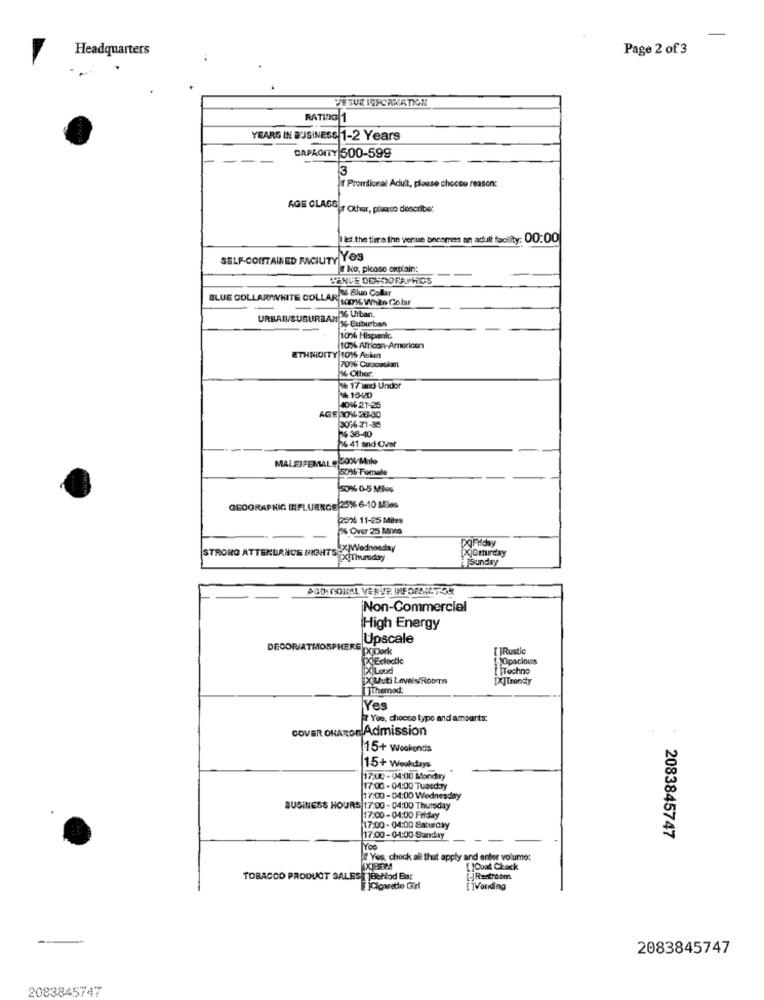
-
Headquarters
Page 2 of 3
JEJUE INFORMATION
RATING 1
YEARS IN BUSINESS 1-2 Years
CAPACITY 500-599
Promtional Adult, please chocco reason:
AGE CLAGELothar, please describe:
Ild.the timre the venue beesmes an adult facility: 00:00
SELF-CONTAINED FACILITY YOS
No, picoso explain:
26 Blue Collar
BLUE COLLARWHITE COLLAR 100% When Colar
URBAN/SUBURBAM 16 UIban.
ul y Suburban
100% Hispanic
10% African-American
ETHNICITY 101% ALain
70% Copoasian
36 Other
+ 17 and Undor
AGE :04 26-30
4016 21-25
3076 31-38
26 38-40
26 41 and Over
MALEJFEMALE 50% MIlo
5096 Fumal
50% 0-5 MBos
GEOGRAPHIC INFLUENCE 25% 6-10 Miles
2526 11-25 Miles
5% Over 25 knies
-
PqFriday
STRONG ATTENDANCE NIGHTS Wednesday
XjSturday
ISunday
POD CORAL VERVE INFORMATION
Non-Commercial
High Energy
Upscale
DECOR/ATMOSP
HERE
[ ]Rustic
PCEclectic
1)Opsclous
[X]Loud
[ |Techno
XUuti Levels/Rooms
[X]Trendy
Themad:
İYes
Yes, choose type and amounts:
COVER ORARON Admission
15+ Weakonds
15+ Weekdays
17:00 - 04:00 Mondry
17:00 - 04:00 Tuesday
17:00-04:00 Wednesday
BUSINESS HOURS 17:00 - 04:00 Thursday
17:00- 04:00 Friday
17:00 - 04:00 Saturday
17:00-04:00 Sanday
2083845747
Yos
!Yes check all that apply and entor volume:
[ ]Cont Check
TOBACCO PRODUCT SALES TTBehind Bar
[]Restroom
Clovette Girl
[]Vonding
2083845747
2083845747